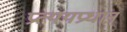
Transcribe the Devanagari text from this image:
प्रत्ययप्रधान